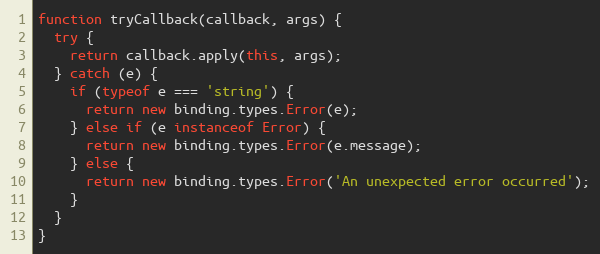
Language: JavaScript
function tryCallback(callback, args) {
  try {
    return callback.apply(this, args);
  } catch (e) {
    if (typeof e === 'string') {
      return new binding.types.Error(e);
    } else if (e instanceof Error) {
      return new binding.types.Error(e.message);
    } else {
      return new binding.types.Error('An unexpected error occurred');
    }
  }
}